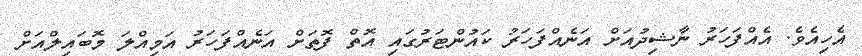
އެހިއެވެ. އެއްފަހަރު ނާޝިދުއަށް އަނެއްފަހަރު ކައުންޓަރުގައި އޮތް ފޮތަށް އަނެއްފަހަރު އަމިއްލަ މޮބައިލްއަށް